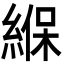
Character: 緥